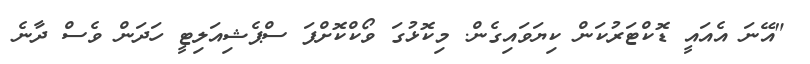
"އޭނަ އެއައީ ޑޮކްޓަރުކަން ކިޔަވައިގެން. މިކޮޅުގަ ވޯކްކޮށްފަ ސްޕެޝިއަލިޓީ ހަދަން ވެސް ދާނެ